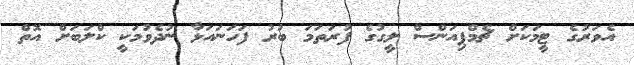
އެވަރުގެ ޓީމަކަށް ޗެމްޕިއަންސް ލީގުގެ ފުރަތަމަ ބުރު ފަހަނައަޅާ ނުދެވުމަކީ ކްލަބަށް އޮތް